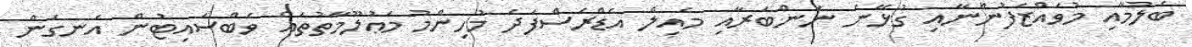
ބެލުމާއި މުވައްޒަފުންނާއި ގުޅޭނެ ނަންބަރާއި މެއިލް އެޑްރެސްފަދަ މުހިންމު މަޢުލޫމާތުތައް ވެބްސައިޓުން އެނގެން